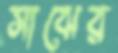
সাঝের